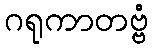
ဂရုကာတဗ္ဗံ